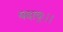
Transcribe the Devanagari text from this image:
यदायुः।।